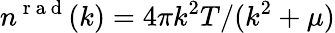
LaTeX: n^{\mathrm{~r~a~d~}}(k)=4\pi k^{2}T/(k^{2}+\mu)